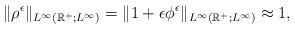
LaTeX: \begin{align*}\|\rho^{\epsilon}\|_{L^{\infty}(\mathbb{R}^+;L^{\infty})}=\|1+\epsilon\phi^{\epsilon}\|_{L^{\infty}(\mathbb{R}^+;L^{\infty})}\approx 1,\end{align*}